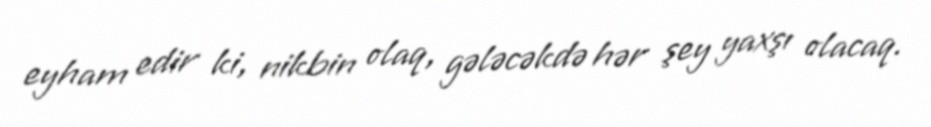
eyham edir ki, nikbin olaq, gələcəkdə hər şey yaxşı olacaq.